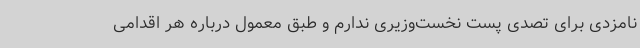
نامزدی برای تصدی پست نخست‌وزیری ندارم و طبق معمول درباره هر اقدامی